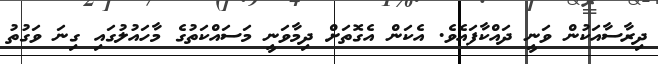
ދިރާސާއަކުން ވަނީ ދައްކާފައެވެ. އެކަން އެގޮތަށް ދިމާވަނީ މަސައްކަތުގެ މާހައުލުގައި ގިނަ ވަގުތު